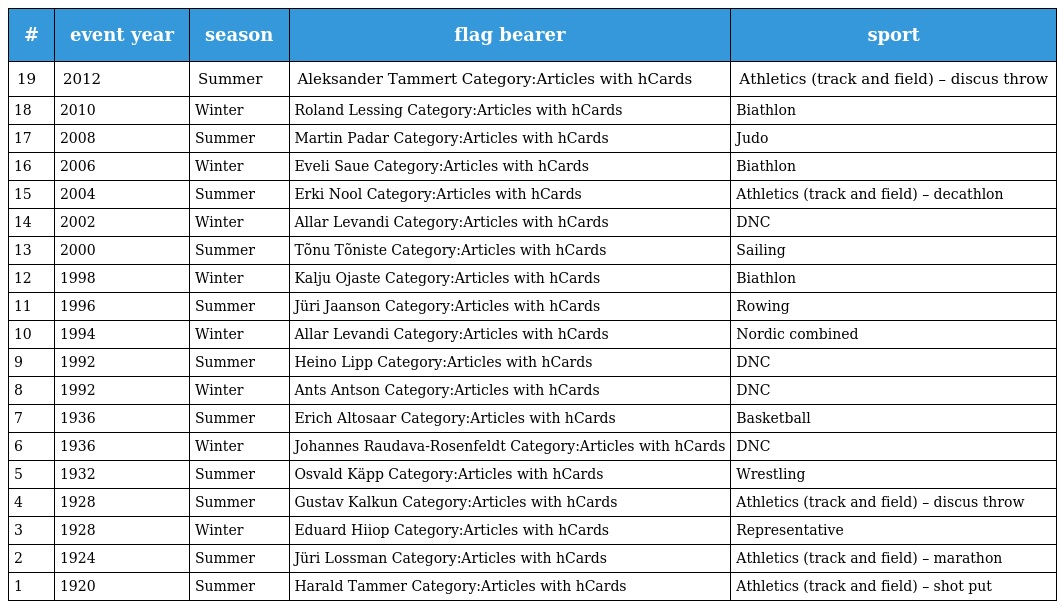
| # | event year | season | flag bearer | sport |
 | --- | --- | --- | --- | --- |
 | 19 | 2012 | Summer | Aleksander Tammert Category:Articles with hCards | Athletics (track and field) – discus throw |
 | 18 | 2010 | Winter | Roland Lessing Category:Articles with hCards | Biathlon |
 | 17 | 2008 | Summer | Martin Padar Category:Articles with hCards | Judo |
 | 16 | 2006 | Winter | Eveli Saue Category:Articles with hCards | Biathlon |
 | 15 | 2004 | Summer | Erki Nool Category:Articles with hCards | Athletics (track and field) – decathlon |
 | 14 | 2002 | Winter | Allar Levandi Category:Articles with hCards | DNC |
 | 13 | 2000 | Summer | Tõnu Tõniste Category:Articles with hCards | Sailing |
 | 12 | 1998 | Winter | Kalju Ojaste Category:Articles with hCards | Biathlon |
 | 11 | 1996 | Summer | Jüri Jaanson Category:Articles with hCards | Rowing |
 | 10 | 1994 | Winter | Allar Levandi Category:Articles with hCards | Nordic combined |
 | 9 | 1992 | Summer | Heino Lipp Category:Articles with hCards | DNC |
 | 8 | 1992 | Winter | Ants Antson Category:Articles with hCards | DNC |
 | 7 | 1936 | Summer | Erich Altosaar Category:Articles with hCards | Basketball |
 | 6 | 1936 | Winter | Johannes Raudava-Rosenfeldt Category:Articles with hCards | DNC |
 | 5 | 1932 | Summer | Osvald Käpp Category:Articles with hCards | Wrestling |
 | 4 | 1928 | Summer | Gustav Kalkun Category:Articles with hCards | Athletics (track and field) – discus throw |
 | 3 | 1928 | Winter | Eduard Hiiop Category:Articles with hCards | Representative |
 | 2 | 1924 | Summer | Jüri Lossman Category:Articles with hCards | Athletics (track and field) – marathon |
 | 1 | 1920 | Summer | Harald Tammer Category:Articles with hCards | Athletics (track and field) – shot put |